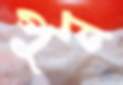
পুন